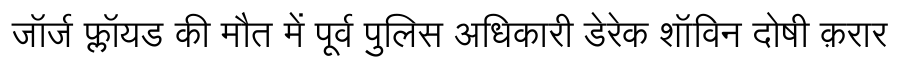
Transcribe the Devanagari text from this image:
जॉर्ज फ्लॉयड की मौत में पूर्व पुलिस अधिकारी डेरेक शॉविन दोषी क़रार